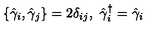
\{ \hat { \gamma } _ { i } , \hat { \gamma } _ { j } \} = 2 { \delta } _ { i j } , \ \hat { \gamma } _ { i } ^ { \dagger } = \hat { \gamma } _ { i }